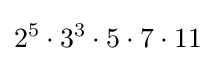
2^{5}\cdot 3^{3}\cdot 5\cdot 7\cdot 11